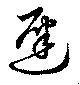
遲